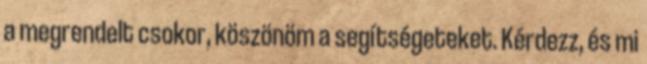
a megrendelt csokor, köszönöm a segítségeteket. Kérdezz, és mi